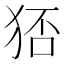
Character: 𤞜